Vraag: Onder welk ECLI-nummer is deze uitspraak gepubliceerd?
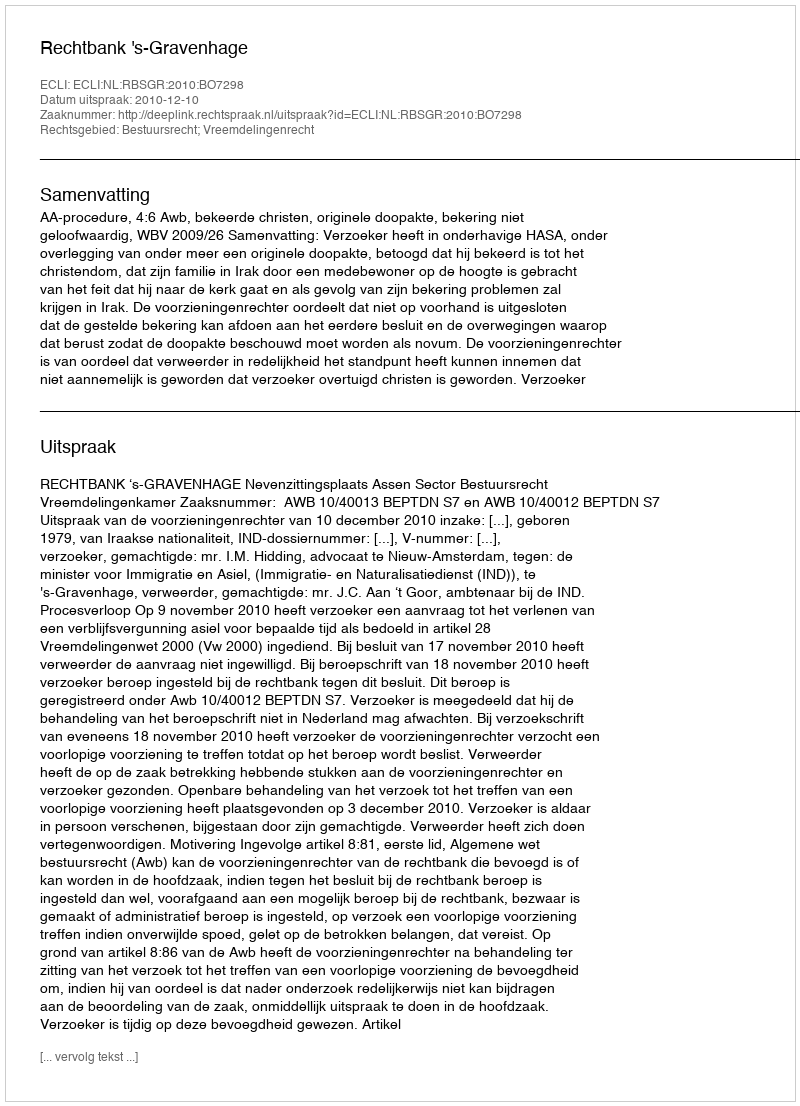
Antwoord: ECLI:NL:RBSGR:2010:BO7298